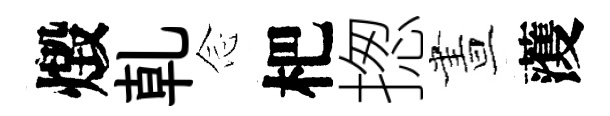
燬乹𫝹杷揔晝𮑮